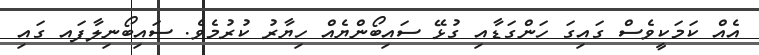
އެއް ކަމަކީވެސް ގައިގަ ހަންގަޑާއި ގުޅޭ ސައިބޯންޔެއް ހިޔާރު ކުރުމެވެ. ސައިބޯނިލާފައ ގައި